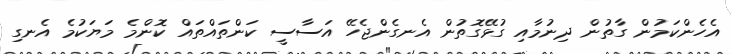
އެހެންކަމުން ގާތުން ދިނުމާއި ގުޅޭގޮތުން އެނގެންޖެހޭ އަސާސީ ކަންތައްތައް ކޮންމެ މަޔަކުމެ އެނގި